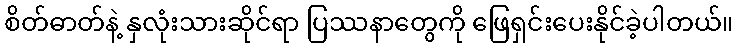
စိတ်ဓာတ်နဲ့ နှလုံးသားဆိုင်ရာ ပြဿနာတွေကို ဖြေရှင်းပေးနိုင်ခဲ့ပါတယ်။